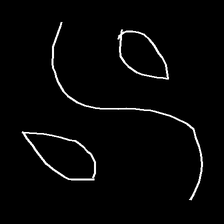
Glyph: water